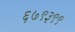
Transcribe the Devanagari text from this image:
६७९३९९